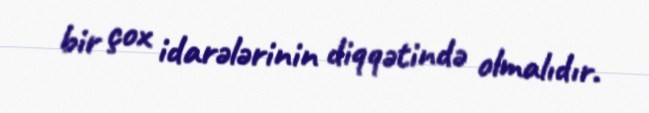
bir çox idarələrinin diqqətində olmalıdır.